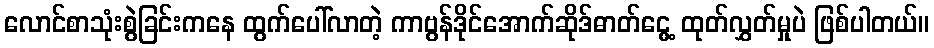
လောင်စာသုံးစွဲခြင်းကနေ ထွက်ပေါ်လာတဲ့ ကာဗွန်ဒိုင်အောက်ဆိုဒ်ဓာတ်ငွေ့ ထုတ်လွှတ်မှုပဲ ဖြစ်ပါတယ်။